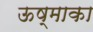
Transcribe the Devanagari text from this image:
ऊष्माका